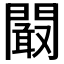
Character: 𮤜